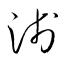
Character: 淺